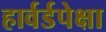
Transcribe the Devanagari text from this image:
हार्वर्डपेक्षा